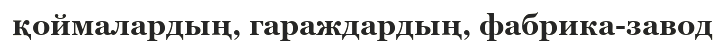
қоймалардың, гараждардың, фабрика-завод